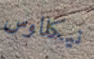
نيكلاوس